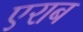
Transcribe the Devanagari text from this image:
एराब